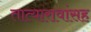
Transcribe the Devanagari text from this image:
तात्यारावांसह